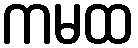
ကမထ